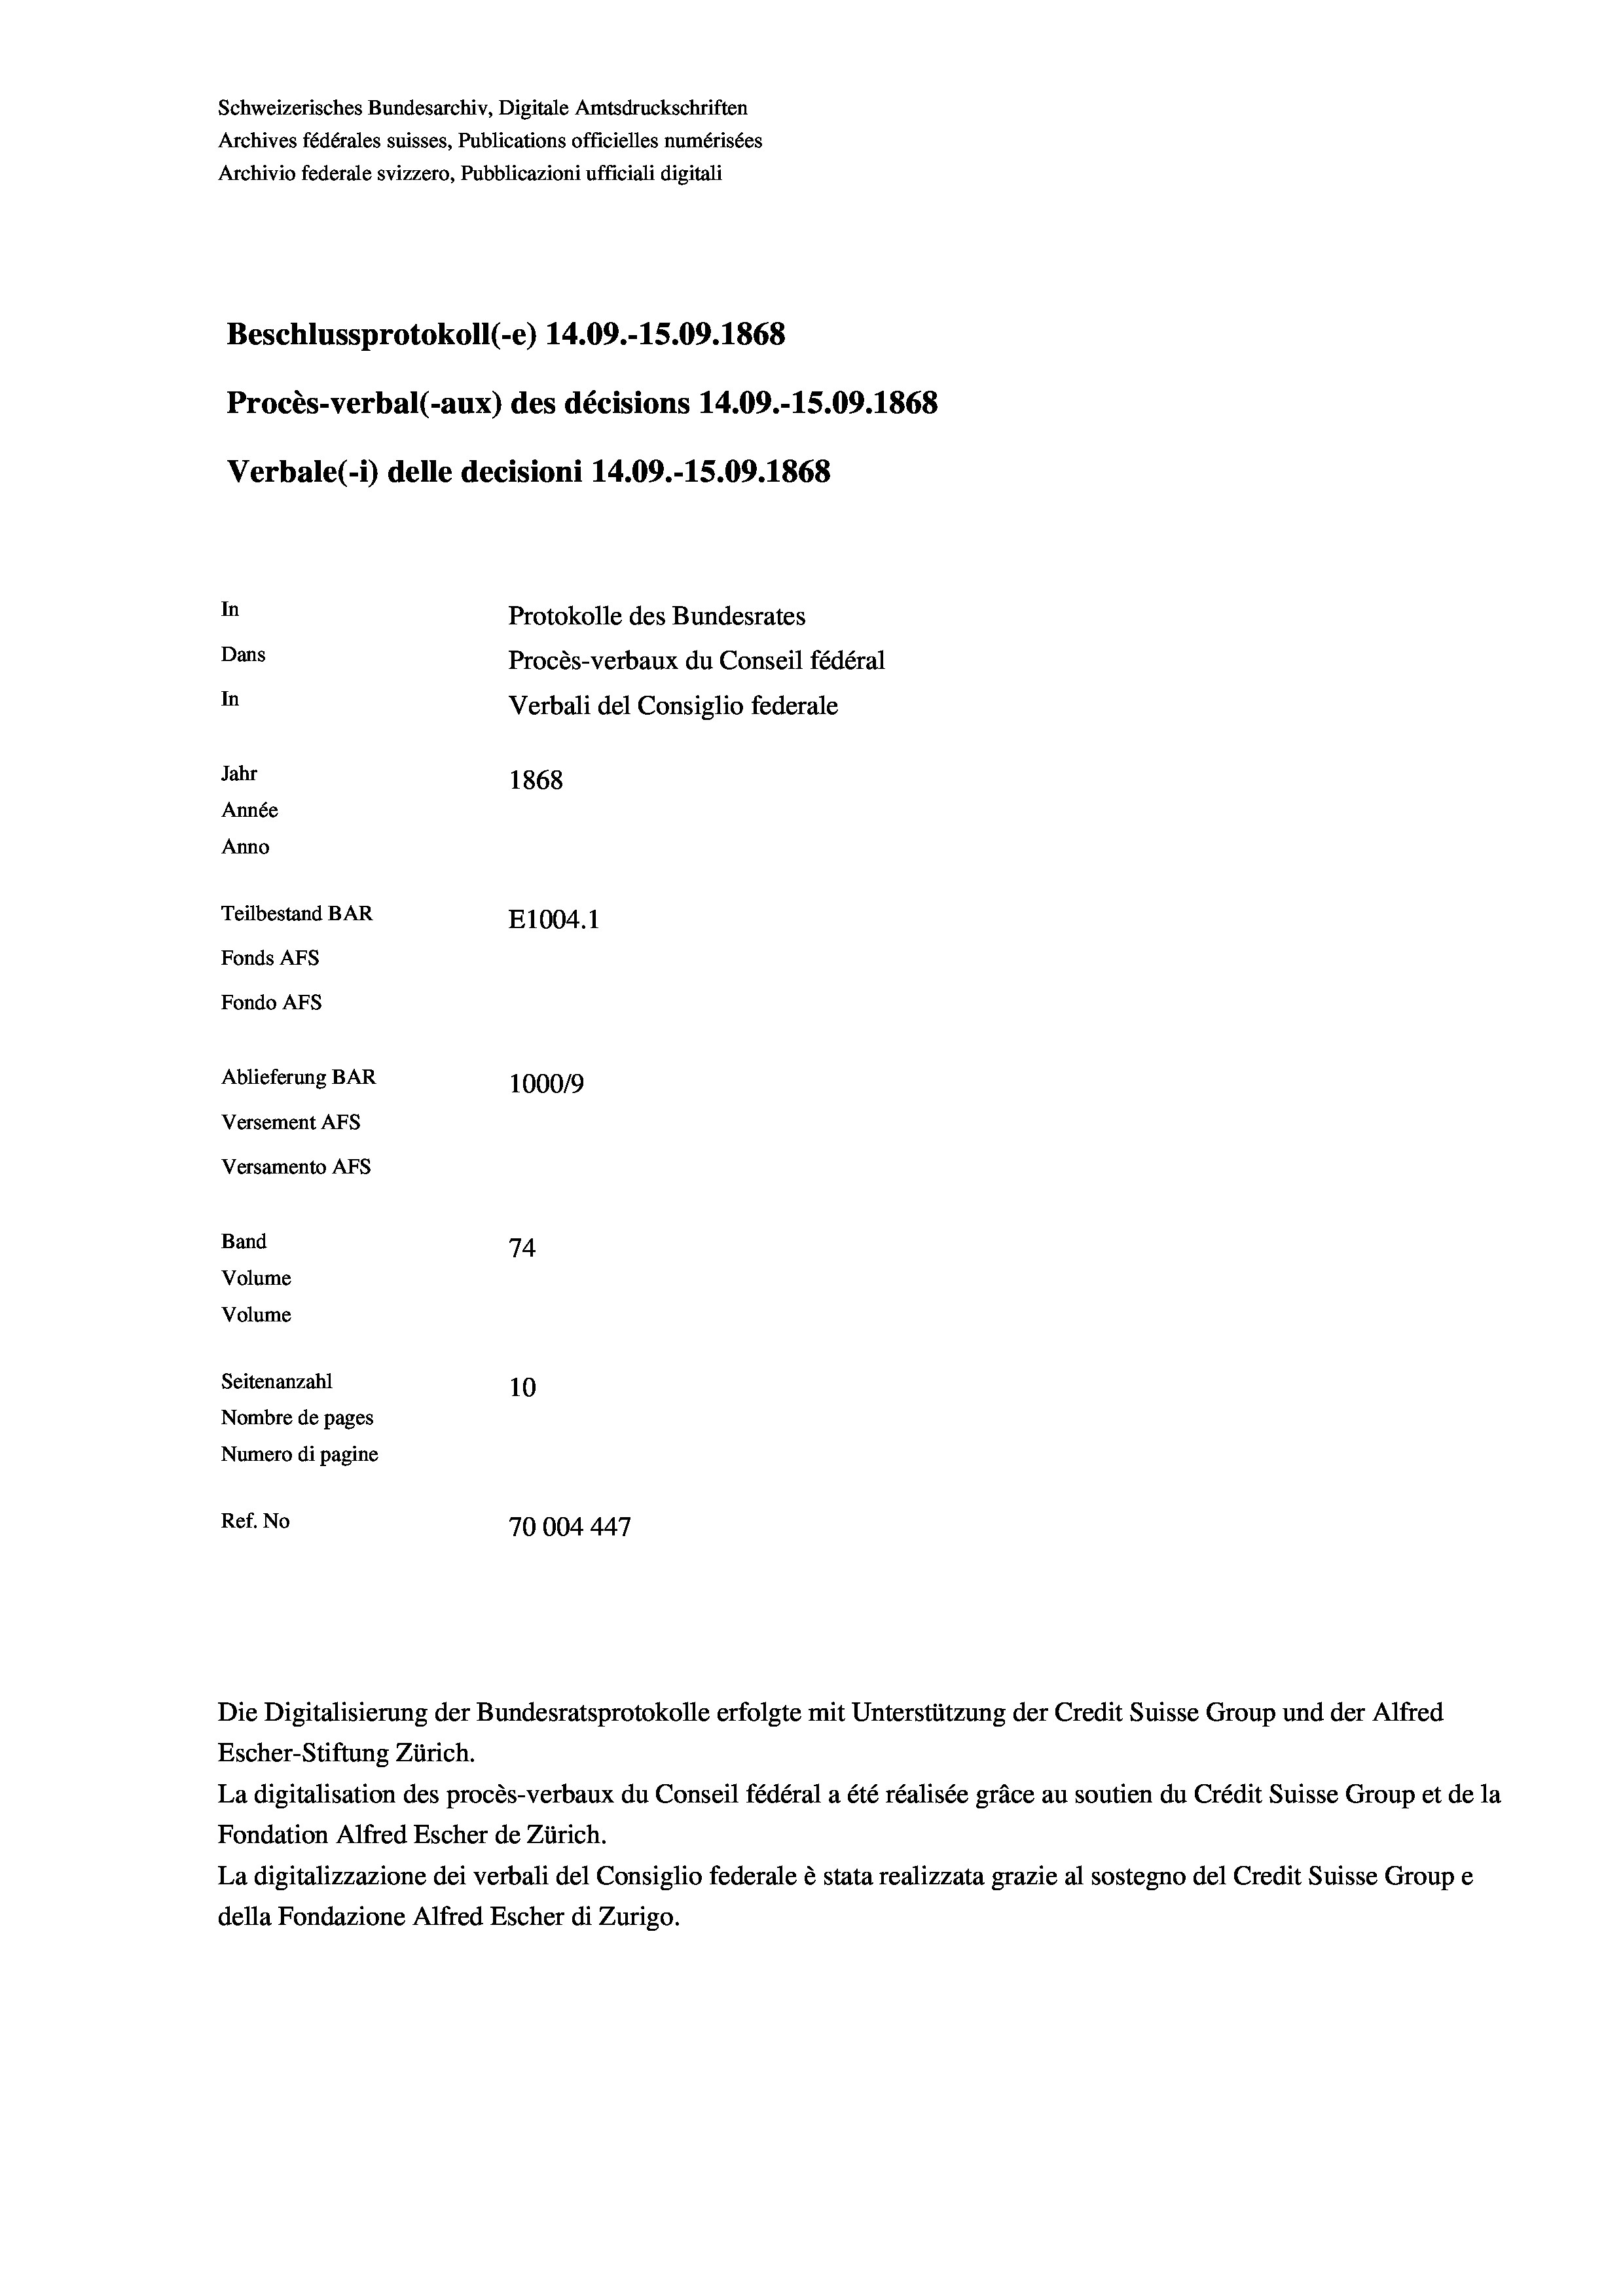
Schweizerisches Bundesarchiv, Digitale Amtsdruckschriften
Archives fédérales suisses, Publications officielles numérisées
Archivio federale svizzero, Pubblicazioni ufficiali digitali
Beschlussprotokoll (-e) 14.09.-15.09. 1868
Procès-verbal (-aux) des décisions 14.09.-15.09. 1868
Verbale(-*) delle decisioni 14.09.-15.09. 1868
In
Protokolle des Bundesrates
Dans
Procès-verbaux du Conseil fédéral
In
Verbali del Consiglio federale
Jahr
1868
Année
Anno
Teilbestand BAR
E1004. 1
Fonds AFs
Fondo Afs
Ablieferung BAR
100019
Versement AFs
Versamento AFs
Band
74
Volume
Volume
Seitenanzahl
10
Nombre de pages
Numero di pagine
Ref. No
70004447

Escher-Stiftung Zürich.
La digitalisation des procès-verbaux du Conseil fédéral a été réalisée gräce au soutien du Crédit Suisse Group et de la
Fondation Alfred Escher de Zürich.
La digitalizzazione dei verbali del Consiglio federale è stata realizzata grazie al sostegno del Credit Suisse Groupe
della Fondazione Alfred Escher di Zurigo.

Die Digitalisierung der Bundesratsprotokolle erfolgte mit Unterstützung der Credit Suisse Group und der Alfred